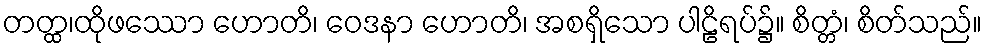
တတ္ထ၊ထိုဖဿော ဟောတိ၊ ဝေဒနာ ဟောတိ၊ အစရှိသော ပါဠိရပ်၌။ စိတ္တံ၊ စိတ်သည်။